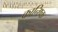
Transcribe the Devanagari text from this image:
कानिष्क